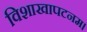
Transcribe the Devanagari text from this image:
विशाखापटनम।